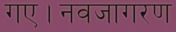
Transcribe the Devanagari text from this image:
गए।नवजागरण